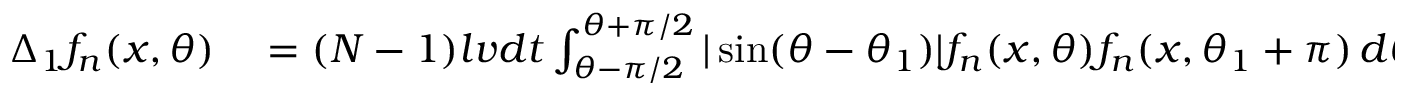
\begin{array} { r l } { \Delta _ { 1 } f _ { n } ( x , \theta ) } & { { } = ( N - 1 ) l v d t \int _ { \theta - \pi / 2 } ^ { \theta + \pi / 2 } | \sin ( \theta - \theta _ { 1 } ) | f _ { n } ( x , \theta ) f _ { n } ( x , \theta _ { 1 } + \pi ) \, d \theta _ { 1 } } \end{array}